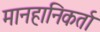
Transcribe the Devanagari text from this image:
मानहानिकर्ता